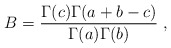
\begin{align*}B=\frac{\Gamma (c)\Gamma (a+b-c)}{\Gamma (a)\Gamma (b)}\;,\end{align*}